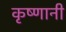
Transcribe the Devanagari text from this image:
कृष्णानी